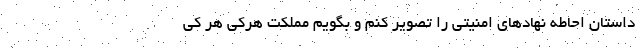
داستان احاطه نهادهای امنیتی را تصویر کنم و بگویم مملکت هرکی هر کی